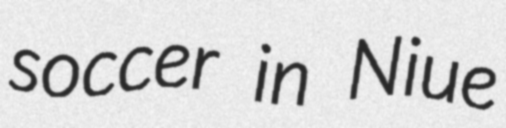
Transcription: soccer in Niue